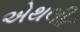
એથલીટ